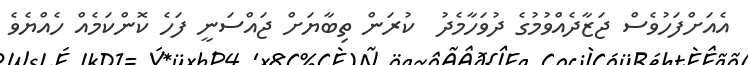
އެއަށްފަހުވެސް ޖަޒާދެއްވުމުގެ ދުވަހާމެދު  ކުރަން ތިބާޔަށް ޖައްސަނީ ފަހެ ކޮންކަމެއް ހެއްޔެވެ